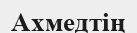
Ахмедтің